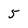
Character: 5